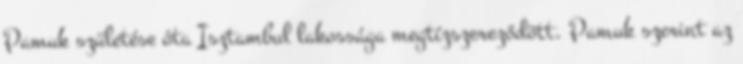
Pamuk születése óta Isztambul lakossága megtízszereződött. Pamuk szerint az